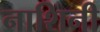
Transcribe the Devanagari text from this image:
नाशिनी